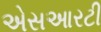
એસઆરટી